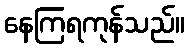
နေကြရကုန်သည်။